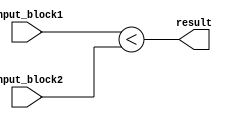
module unsigned_comparator (
    input [7:0] input_block1,
    input [7:0] input_block2,
    output result
);

assign result = (input_block1 < input_block2);

endmodule